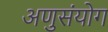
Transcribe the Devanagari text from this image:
अणुसंयोग